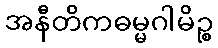
အနီတိကဓမ္မဂါမိဉ္စ